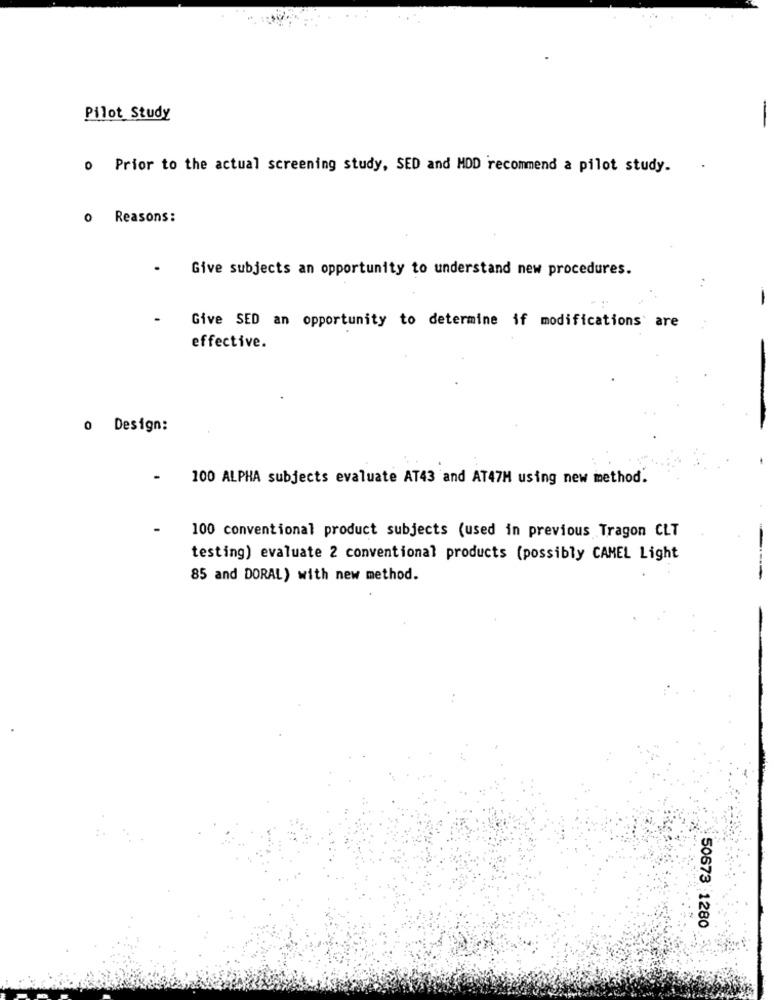
Pilot Study
-
o Prior to the actual screening study, SED and MDD recommend a pilot study.
o Reasons:
- Give subjects an opportunity to understand new procedures.
Give SED an opportunity to determine if modifications are
effective.
o Design:
100 ALPHA subjects evaluate AT43 and AT47M using new method.
100 conventional product subjects (used in previous Tragon CLT
testing) evaluate 2 conventional products (possibly CAMEL Light
85 and DORAL) with new method.
50673 1280